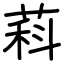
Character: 萪